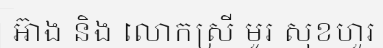
អ៊ាង និង លោកស្រី មូរ សុខហួរ